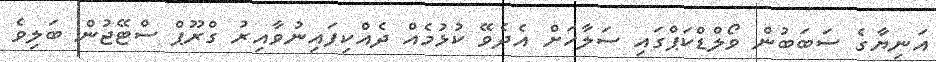
އަނިޔާގެ ސަބަބުން ވޯލްޑްކަޕްގައި ސަލާހަށް އެދެވޭ ކުޅުމެއް ދެއްކިފައިނުވާއިރު ގްރޫޕް ސްޓޭޖުން ބަލިވެ